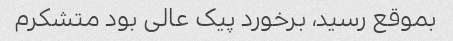
بموقع رسید، برخورد پیک عالی بود متشکرم